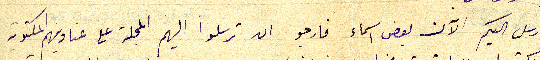
ارسل اليكم الآن بعض اسماء فارجو ان ترسلوا اليهم المجلة على عناوينهم المكتوبة